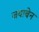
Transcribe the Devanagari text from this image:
जयाबेन